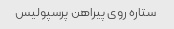
ستاره روی پیراهن پرسپولیس